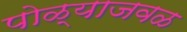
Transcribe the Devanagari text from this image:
पोळ्याजवळ